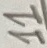
Text: 11